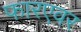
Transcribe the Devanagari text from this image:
फारएवर